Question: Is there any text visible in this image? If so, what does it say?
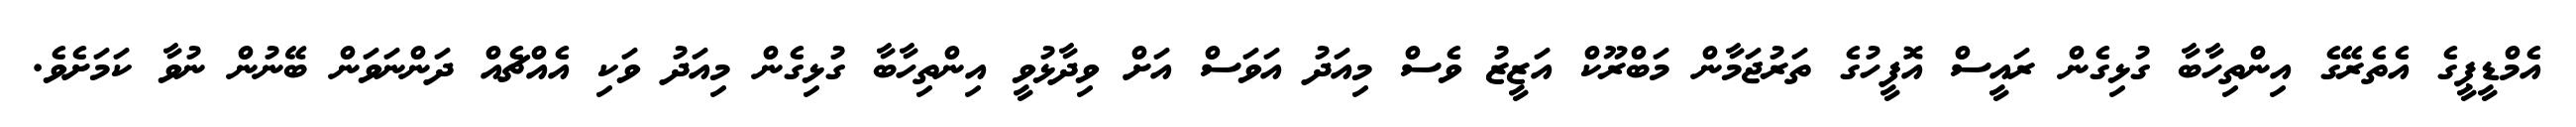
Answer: އެމްޑީޕީގެ އެތެރޭގެ އިންތިހާބާ ގުޅިގެން ރައީސް އޮފީހުގެ ތަރުޖަމާން މަބްރޫކް އަޒީޒު ވެސް މިއަދު އަވަސް އަށް ވިދާޅުވީ އިންތިހާބާ ގުޅިގެން މިއަދު ވަކި އެއްޗެއް ދަންނަވަން ބޭނުން ނުވާ ކަމަށެވެ.